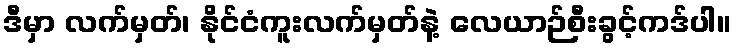
ဒီမှာ လက်မှတ်၊ နိုင်ငံကူးလက်မှတ်နဲ့ လေယာဉ်စီးခွင့်ကဒ်ပါ။